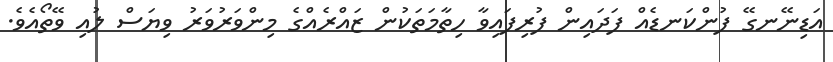
އަޑިނޭނގޭ ފުންކަނޑެއް ފަދައިން ފުރިފައިވާ ހިތާމަތަކުން ޒައްރެއްގެ މިންވަރުވަރު ވިޔަސް ލުއި ވޭތޯއެވެ.